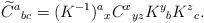
LaTeX: \begin{align*}\widetilde{C}^a{}_{bc}=(K^{-1})^a{}_{x}C^x{}_{yz}K^y{}_b K^z{}_c.\end{align*}